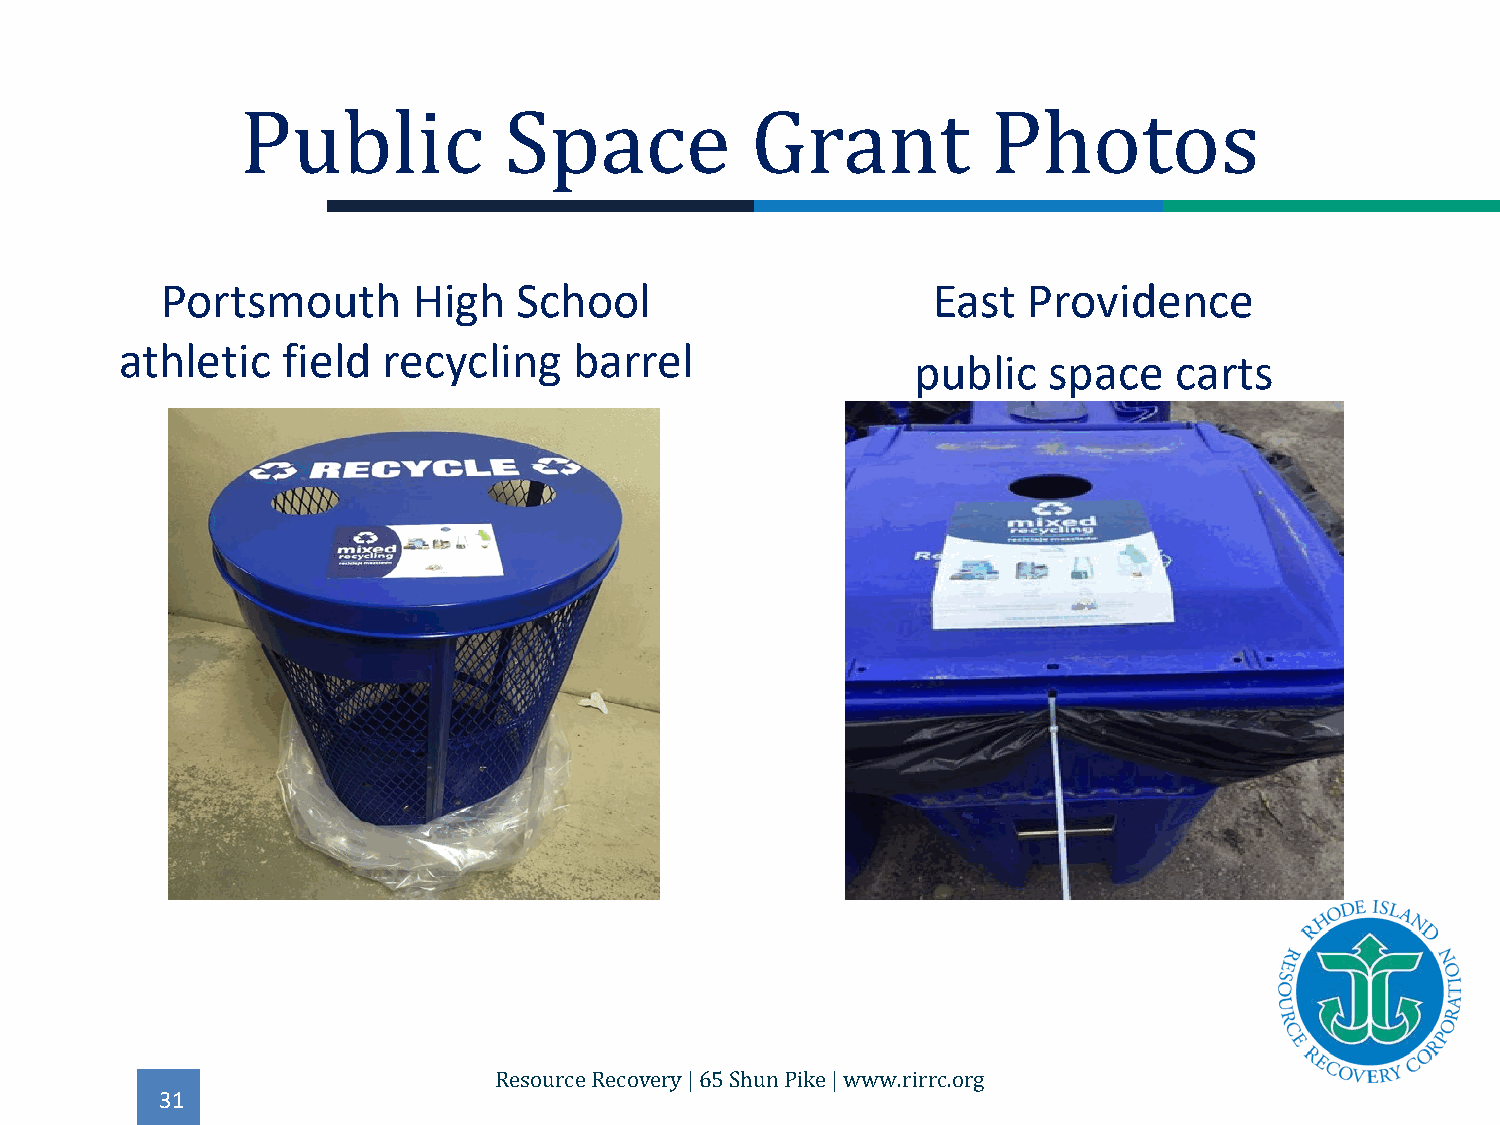
Portsmouth      High   School                      East  Providence
 Public           Space            Grant           Photos
 athletic   field recycling    barrel
 public  space    carts
 31
 Resource Recovery | 65 Shun Pike | www.rirrc.org